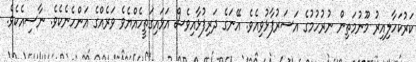
ކަރުކަހާލިއިރު މޫނުމަތިން ނުރުހުމުގެ އަސަރުފާޅުވިއެވެ. އޭނަގެ ދަރިފުޅާއިވެސް އަޅައިގަތީހެއްޔެވެ ވަރެއްގެ އަންހެނެކެވެ. ނާސިއެކެވެ.